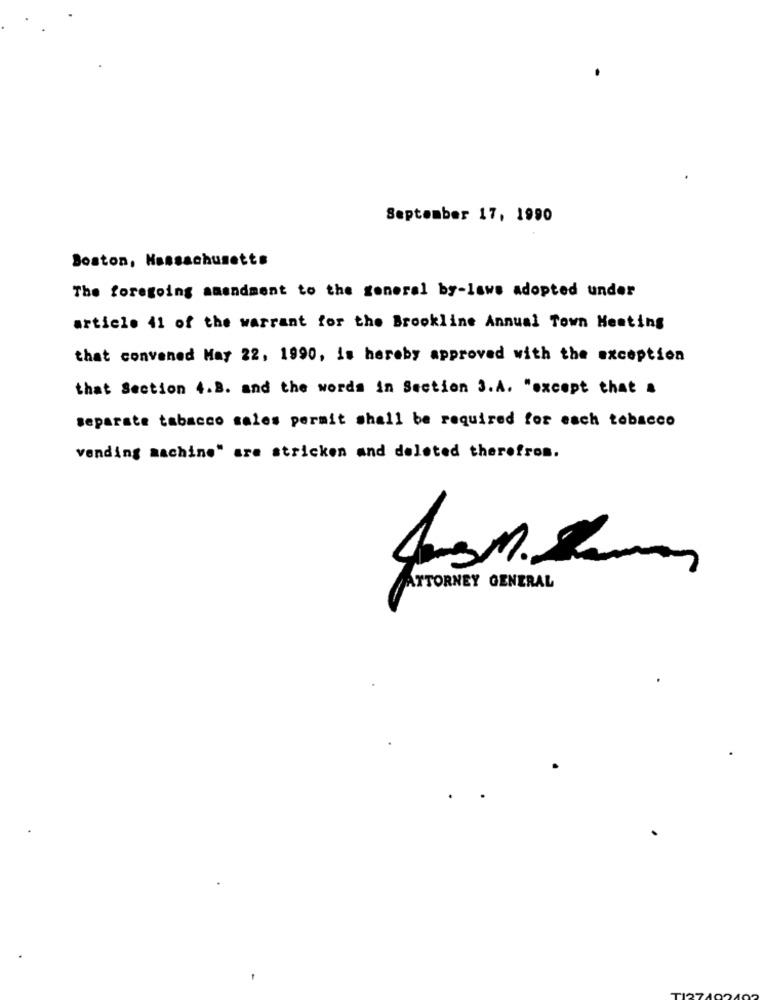
September 17, 1990
Boston, Massachusetts
The foregoing amendment to the general by-laws adopted under
article 41 of the warrant for the Brookline Annual Town Heating
that convened May 22, 1990, is hereby approved with the exception
that Section 4.2. and the words in Section 3.A. "except that a
separate tabacco sales permit shall be required for each tobacco
vending machine" are stricken and deleted therefros.
A-sm. som
ATTORNEY GENERAL